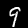
Digit: 9